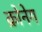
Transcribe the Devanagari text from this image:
क्रोनेग